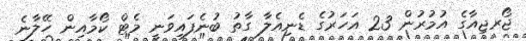
ޖޯރޖިއާގެ އުމުރުން 23 އަހަރުގެ ޑެނިއެލާ ގާތު ބުނެފައިވަނީ މެޓް ކޯމާއިން ހޭލާނެ